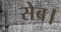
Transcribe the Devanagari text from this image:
सेब।